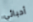
أحبائي